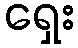
ရှေး